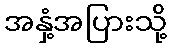
အနှံ့အပြားသို့